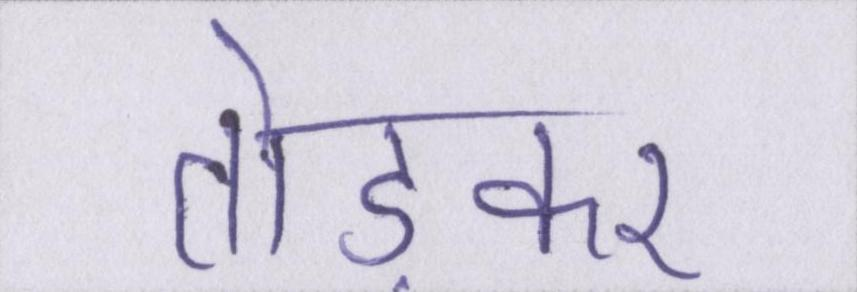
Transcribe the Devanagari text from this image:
तोड़कर